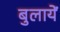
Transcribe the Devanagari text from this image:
बुलायें